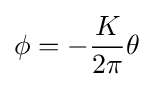
\phi =-{\frac {K}{2\pi }}\theta